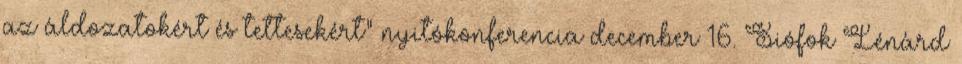
az áldozatokért és tettesekért” nyitókonferencia december 16. Siófok Lénárd